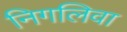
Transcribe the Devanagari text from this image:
निगलिवा